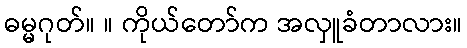
ဓမ္မဂုတ်။ ။ ကိုယ်တော်က အလှူခံတာလား။